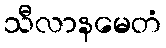
သီလာနမေတံ